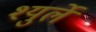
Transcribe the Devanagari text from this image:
श्युर्ले